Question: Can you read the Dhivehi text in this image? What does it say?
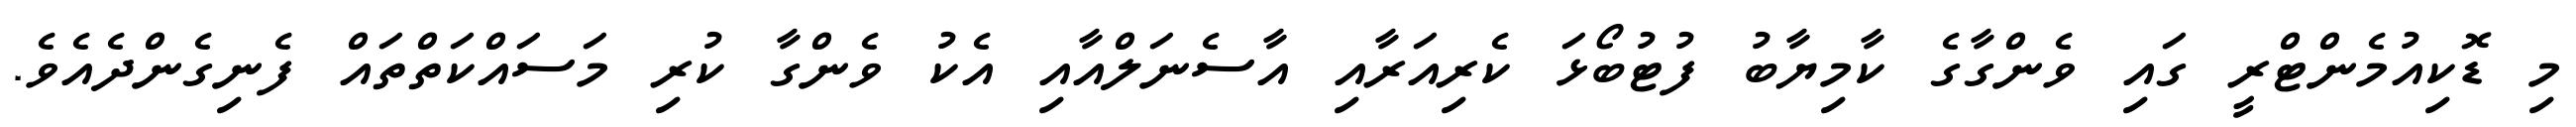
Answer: މި ޑޮކިއުމެންޓްރީ ގައި ވެންގާގެ ކާމިޔާބު ފުޓުބޯޅަ ކެރިއަރާއި އާސެނަލްއާއި އެކު ވެންގާ ކުރި މަސައްކަތްތައް ފެނިގެންދެއެވެ.